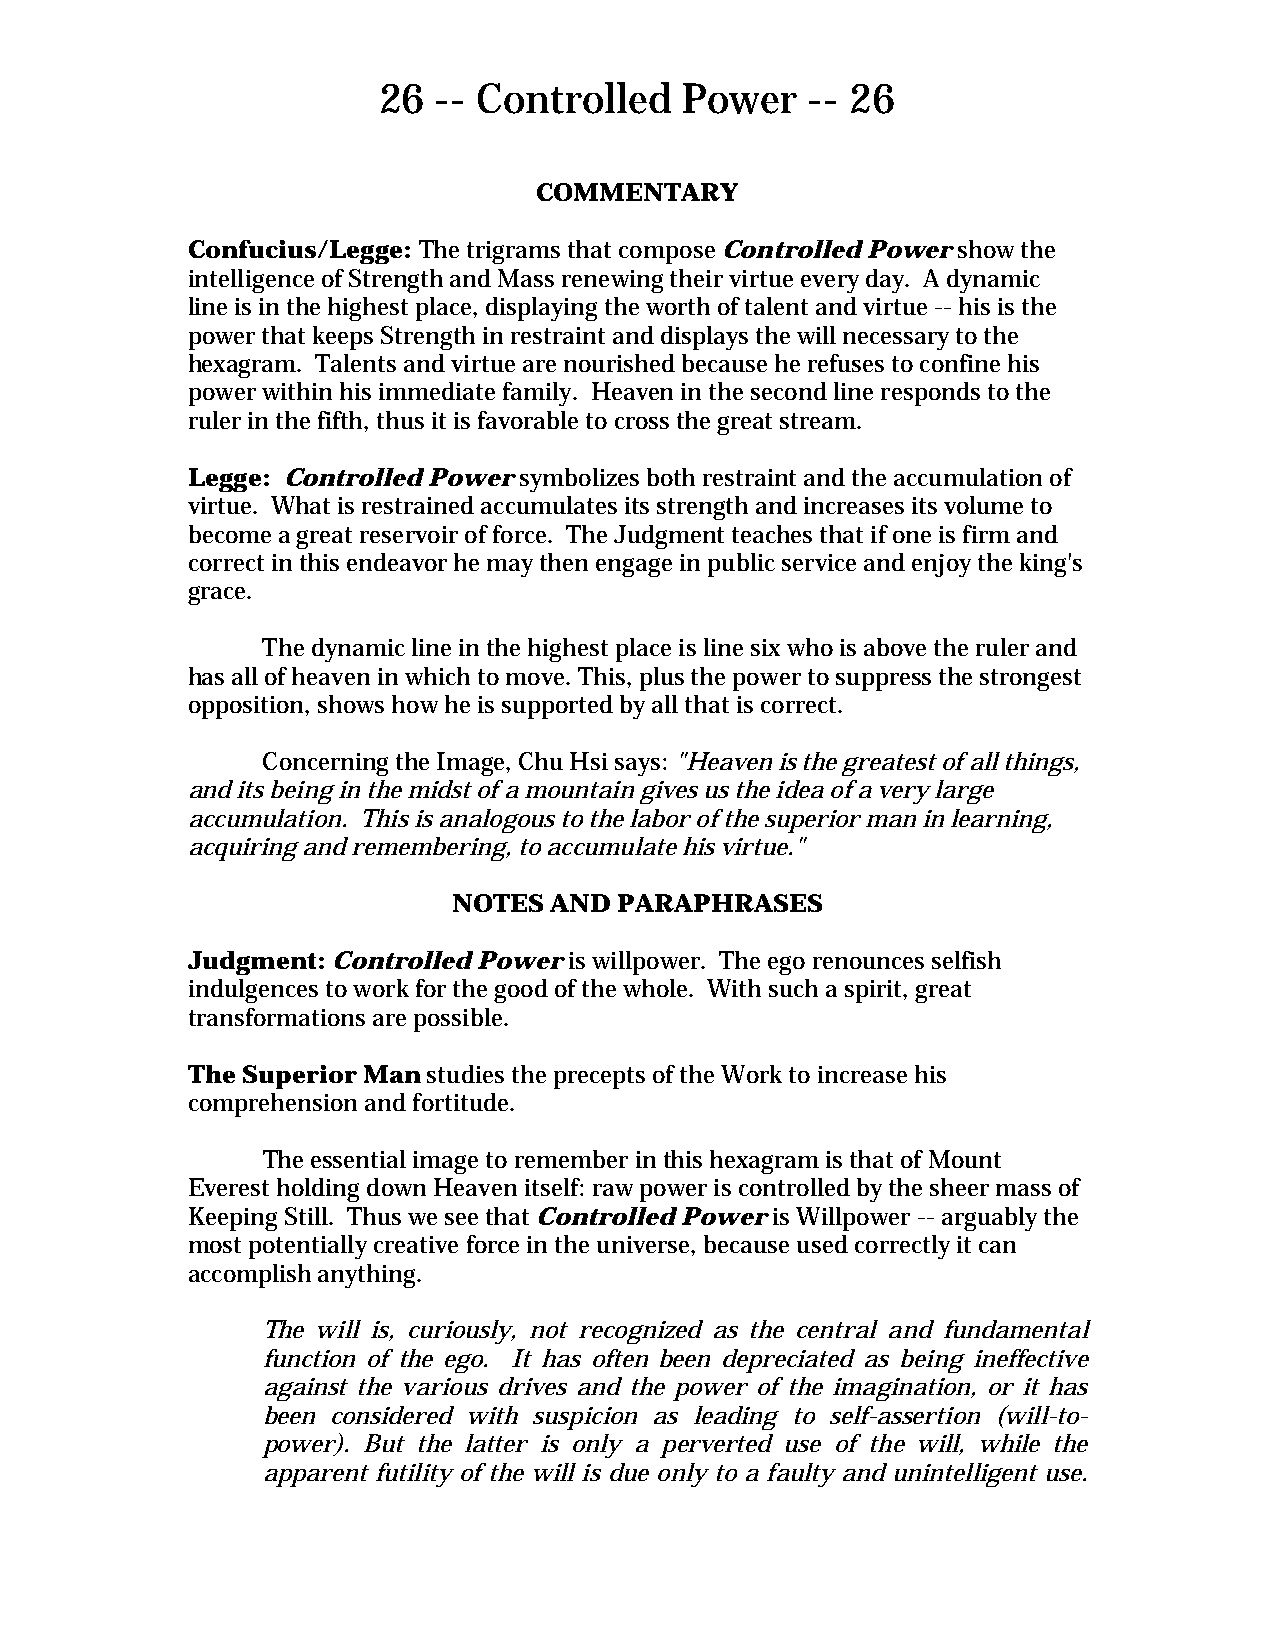
26  -- Controlled   Power    -- 26
 COMMENTARY
 Confucius/Legge: The trigrams that compose Controlled Power show the
 intelligence of Strength and Mass renewing their virtue every day. A dynamic
 line is in the highest place, displaying the worth of talent and virtue -- his is the
 power that keeps Strength in restraint and displays the will necessary to the
 hexagram. Talents and virtue are nourished because he refuses to confine his
 power within his immediate family. Heaven in the second line responds to the
 ruler in the fifth, thus it is favorable to cross the great stream.
 Legge: Controlled Power symbolizes both restraint and the accumulation of
 virtue. What is restrained accumulates its strength and increases its volume to
 become a great reservoir of force. The Judgment teaches that if one is firm and
 correct in this endeavor he may then engage in public service and enjoy the king's
 grace.
 The dynamic line in the highest place is line six who is above the ruler and
 has all of heaven in which to move. This, plus the power to suppress the strongest
 opposition, shows how he is supported by all that is correct.
 Concerning the Image, Chu Hsi says: "Heaven is the greatest of all things,
 and its being in the midst of a mountain gives us the idea of a very large
 accumulation. This is analogous to the labor of the superior man in learning,
 acquiring and remembering, to accumulate his virtue."
 NOTES AND  PARAPHRASES
 Judgment: Controlled Power is willpower. The ego renounces selfish
 indulgences to work for the good of the whole. With such a spirit, great
 transformations are possible.
 The Superior Man studies the precepts of the Work to increase his
 comprehension and fortitude.
 The essential image to remember in this hexagram is that of Mount
 Everest holding down Heaven itself: raw power is controlled by the sheer mass of
 Keeping Still. Thus we see that Controlled Power is Willpower -- arguably the
 most potentially creative force in the universe, because used correctly it can
 accomplish anything.
 The will is, curiously, not recognized as the central and fundamental
 function of the ego. It has often been depreciated as being ineffective
 against the various drives and the power of the imagination, or it has
 been considered with suspicion as leading to self-assertion (will-to-
 power). But the latter is only a perverted use of the will, while the
 apparent futility of the will is due only to a faulty and unintelligent use.